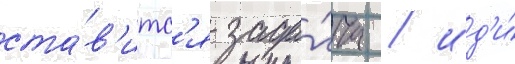
ста́в'итс'я зада́ча / ид'и́